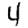
Digit: 4